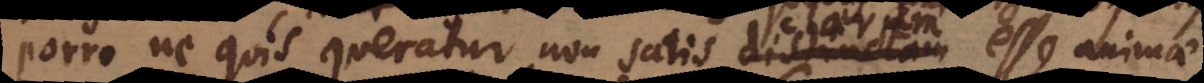
Porro ne quis queratur non satis distinctam esse animae